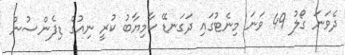
ދެވަނަ ގޯލު 49 ވަނަ މިނެޓުގައި ދަގަނޑޭ ކާމިޔާބު ކުރީ ނިއުގެ ޑިފެންސުން